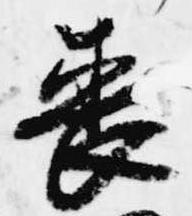
喪